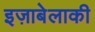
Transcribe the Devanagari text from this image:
इज़ाबेलाकी